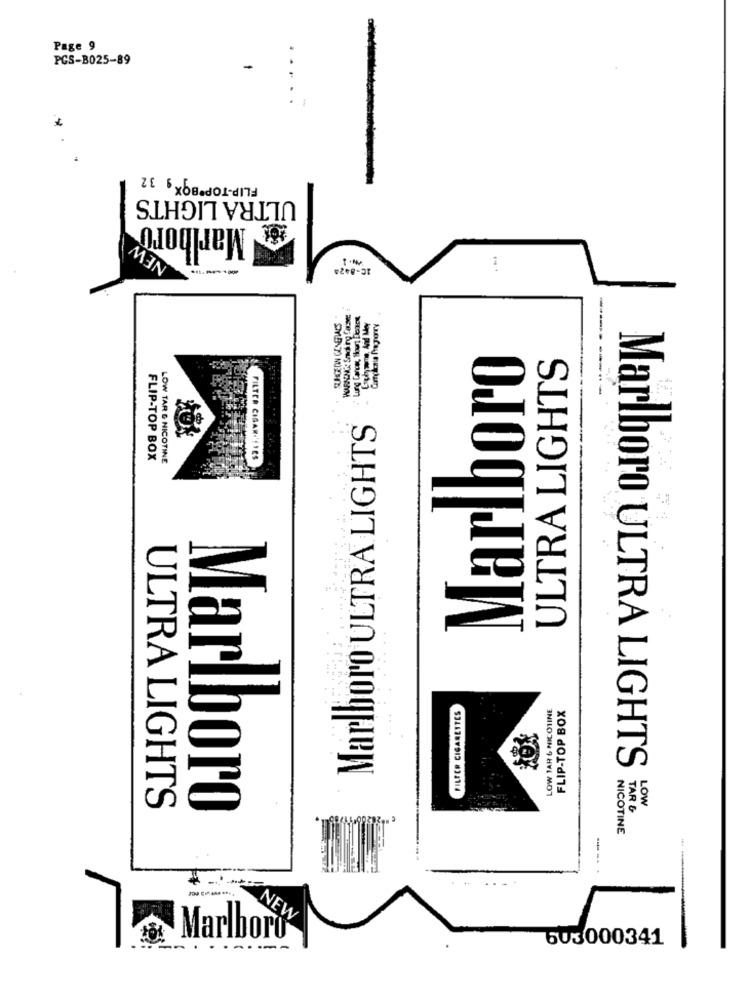
Page 9
PCS-B025-89
FLIP-TOP BOX , 32
ULTRA LIGHTS
Marlboro
NEW
IC-8424
-----
SURGEON GENERALS
Marlboro
ULTRA LIGHTS
Marlboro ULTRA LIGHTS
FLIP-TOP BOX
LOW TAR & NICOTINE
FILTER CIGAR-'YIES
LOW 1AR & NICOTINE
FLIP-TOP BOX
PILFER CIGARETTES
Marlboro ULTRA LIGHTS
LOW
ULTRA LIGHTS
Marlboro
TAR &
NICOTINE
NEW
Marlboro
603000341
---------